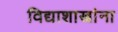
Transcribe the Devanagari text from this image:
विद्याशाखांना